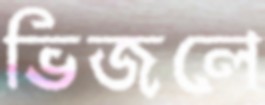
ভিজলে